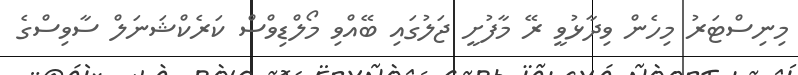
މިނިސްޓަރު މިހެން ވިދާޅުވީ ރޭ މާފުށީ ޖަލުގައި ބޭއްވި މޯލްޑިވްސް ކަރެކްޝަނަލް ސާވިސްގެ